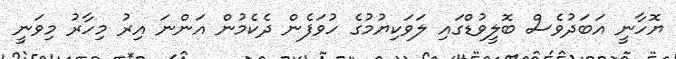
ޔޮހާނީ އަބަދުވެސް ބޮލީވުޑްގައި ލަވަކިޔުމުގެ ހުވަފެން ދެކެމުން އަންނަ އިރު މިހާރު މިވަނީ